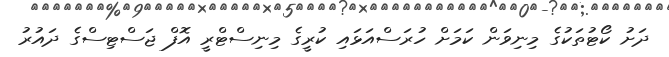
ދަށު ކޯޓުތަކުގެ މިނިވަން ކަމަށް ހުރަސްއަޅައި ކުރީގެ މިނިސްޓްރީ އޮފް ޖަސްޓިސްގެ ދައުރު